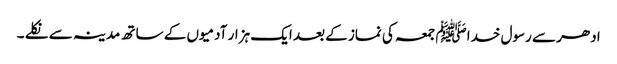
ادھر سے رسول خداﷺ جمعہ کی نماز کے بعد ایک ہزار آدمیوں کے ساتھ مدینہ سے نکلے ۔